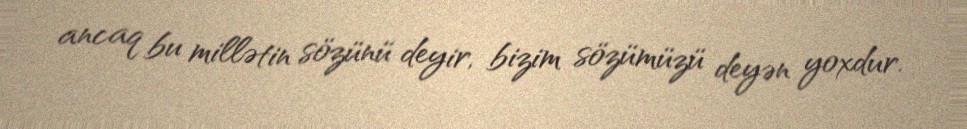
ancaq bu millətin sözünü deyir, bizim sözümüzü deyən yoxdur.